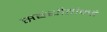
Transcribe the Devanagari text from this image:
संबंधीतांकडे